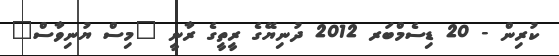
ކުރިން - 20 ޑިސެމްބަރ 2012 ދުނިޔޭގެ ރީތީގެ ރާނީ "މިސް ޔުނިވާސް"